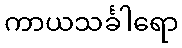
ကာယသင်္ခါရော